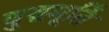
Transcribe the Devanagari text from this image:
बुद्धमूर्ति